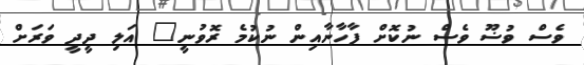
ވެސް ވުޟޫ ވެސް ނުކޮށް ފާހާނާއިން ނުކުމެ ރޮވުނީ" އަލި ދީދީ ވަރަށް